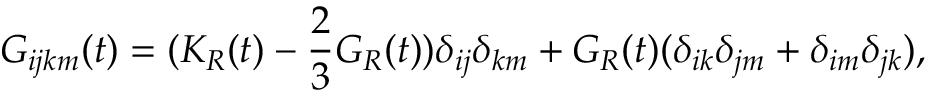
G _ { i j k m } ( t ) = ( K _ { R } ( t ) - \frac { 2 } { 3 } G _ { R } ( t ) ) \delta _ { i j } \delta _ { k m } + G _ { R } ( t ) ( \delta _ { i k } \delta _ { j m } + \delta _ { i m } \delta _ { j k } ) ,